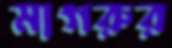
মাগরুর